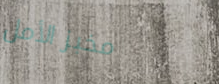
مخبز الأمل